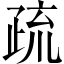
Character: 疏